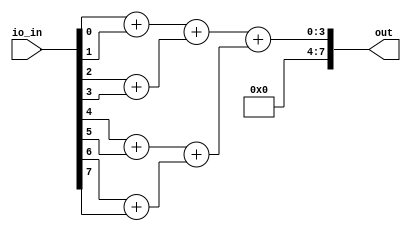
module user_module_341497971083313748(
  input wire [7:0] io_in,
  output wire [7:0] out
);
  wire [1:0] add_347;
  wire [1:0] add_349;
  wire [1:0] add_351;
  wire [1:0] add_353;
  wire [2:0] add_359;
  wire [2:0] add_361;
  wire [3:0] add_365;
  assign add_347 = {1'h0, io_in[0]} + {1'h0, io_in[1]};
  assign add_349 = {1'h0, io_in[2]} + {1'h0, io_in[3]};
  assign add_351 = {1'h0, io_in[4]} + {1'h0, io_in[5]};
  assign add_353 = {1'h0, io_in[6]} + {1'h0, io_in[7]};
  assign add_359 = {1'h0, add_347} + {1'h0, add_349};
  assign add_361 = {1'h0, add_351} + {1'h0, add_353};
  assign add_365 = {1'h0, add_359} + {1'h0, add_361};
  assign out = {4'h0, add_365};
endmodule